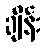
ချိန်း